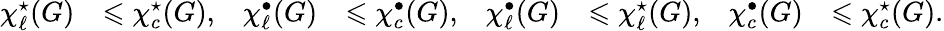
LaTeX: \begin{array}{rlrlrlrl}{\chi_{\ell}^{\star}(G)}&{\leqslant\chi_{c}^{\star}(G),}&{\chi_{\ell}^{\bullet}(G)}&{\leqslant\chi_{c}^{\bullet}(G),}&{\chi_{\ell}^{\bullet}(G)}&{\leqslant\chi_{\ell}^{\star}(G),}&{\chi_{c}^{\bullet}(G)}&{\leqslant\chi_{c}^{\star}(G).}\end{array}